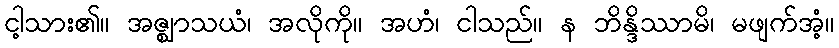
ငါ့သား၏။ အဇ္ဈာသယံ၊ အလိုကို။ အဟံ၊ ငါသည်။ န ဘိန္ဒိဿာမိ၊ မဖျက်အံ့။